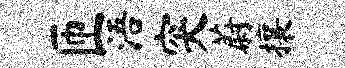
匝浯突蔚攘